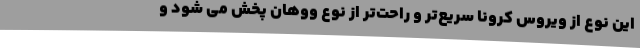
این نوع از ویروس کرونا سریع‌تر و راحت‌تر از نوع ووهان پخش می شود و